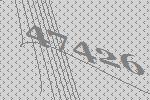
47426